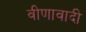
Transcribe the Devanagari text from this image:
वीणावादी